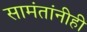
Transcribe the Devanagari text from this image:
सामंतांनीही